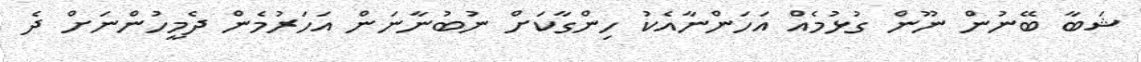
ޝަބާ ބޭނުން ނޫން ގުޅުމެއް އަހަންނާއެކު ހިންގާކަށް ނުބުނާނަން އަހަރުމެން ދެމީހުންނަށް ދެ